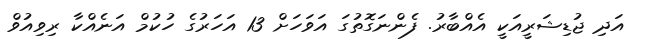
އަދި ޖުޑިޝަރީއަކީ އެއްބާރު. ފެންނަގޮތުގަ އަވަހަށް 13 އަހަރުގެ ހުކުމް އަނެއްކާ ރިވިއުވް